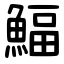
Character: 鰏